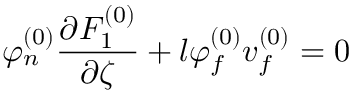
\varphi _ { n } ^ { ( 0 ) } \frac { \partial F _ { 1 } ^ { ( 0 ) } } { \partial \zeta } + l \varphi _ { f } ^ { ( 0 ) } v _ { f } ^ { ( 0 ) } = 0